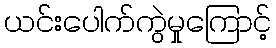
ယင်းပေါက်ကွဲမှုကြောင့်